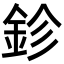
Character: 鉁